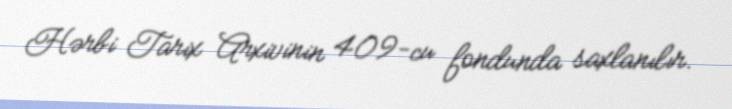
Hərbi Tarix Arxivinin 409-cu fondunda saxlanılır.